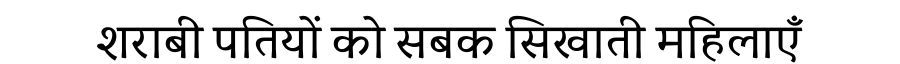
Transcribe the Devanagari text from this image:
शराबी पतियों को सबक सिखाती महिलाएँ